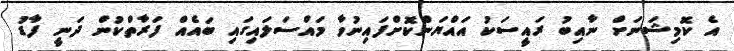
އެ ކޮމިޝަނަށް ނާއިބު ރައީސަކު އައްޔަންކޮށްފައިނުވާ މައްސަލައިގައި ބައެއް ފަރާތްކުން ދަނީ ފާޑު